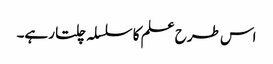
اس طرح علم کا سلسلہ چلتا رہے۔